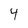
Character: 4